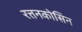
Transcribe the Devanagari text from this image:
रत्तनकोसिन